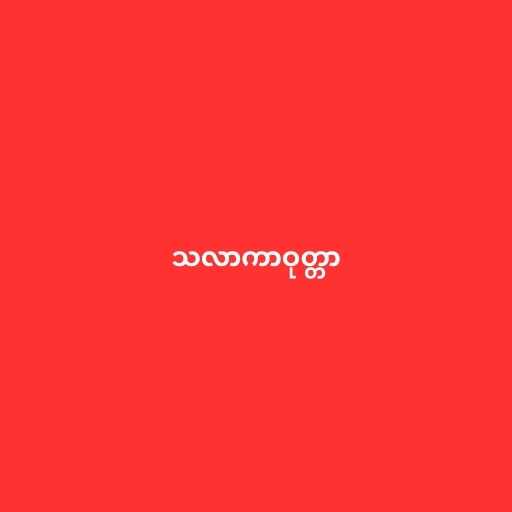
သလာကာဝုတ္တာ